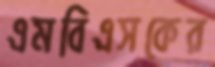
এমবিএসকের